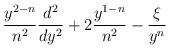
LaTeX: \begin{align*}\frac{y^{2-n}}{n^2}\frac{d^2}{dy^2}+2\frac{y^{1-n}}{n^2} - \frac{\xi}{y^n}\end{align*}